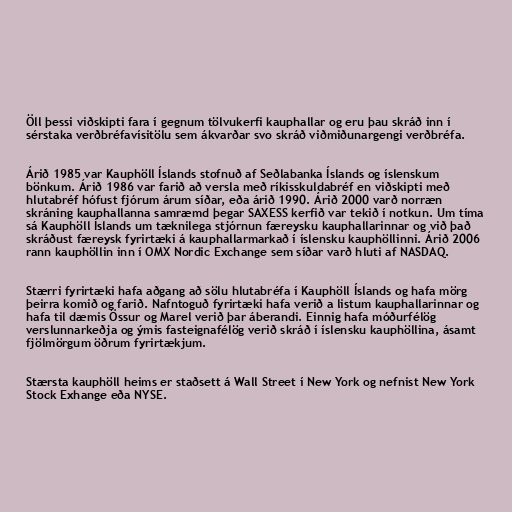
Öll þessi viðskipti fara í gegnum tölvukerfi kauphallar og eru þau skráð inn í
sérstaka verðbréfavísitölu sem ákvarðar svo skráð viðmiðunargengi verðbréfa.

Árið 1985 var Kauphöll Íslands stofnuð af Seðlabanka Íslands og íslenskum
bönkum. Árið 1986 var farið að versla með ríkisskuldabréf en viðskipti með
hlutabréf hófust fjórum árum síðar, eða árið 1990. Árið 2000 varð norræn
skráning kauphallanna samræmd þegar SAXESS kerfið var tekið í notkun. Um tíma
sá Kauphöll Íslands um tæknilega stjórnun færeysku kauphallarinnar og við það
skráðust færeysk fyrirtæki á kauphallarmarkað í íslensku kauphöllinni. Árið 2006
rann kauphöllin inn í OMX Nordic Exchange sem síðar varð hluti af NASDAQ.

Stærri fyrirtæki hafa aðgang að sölu hlutabréfa í Kauphöll Íslands og hafa mörg
þeirra komið og farið. Nafntoguð fyrirtæki hafa verið a listum kauphallarinnar og
hafa til dæmis Össur og Marel verið þar áberandi. Einnig hafa móðurfélög
verslunnarkeðja og ýmis fasteignafélög verið skráð í íslensku kauphöllina, ásamt
fjölmörgum öðrum fyrirtækjum.

Stærsta kauphöll heims er staðsett á Wall Street í New York og nefnist New York
Stock Exhange eða NYSE.